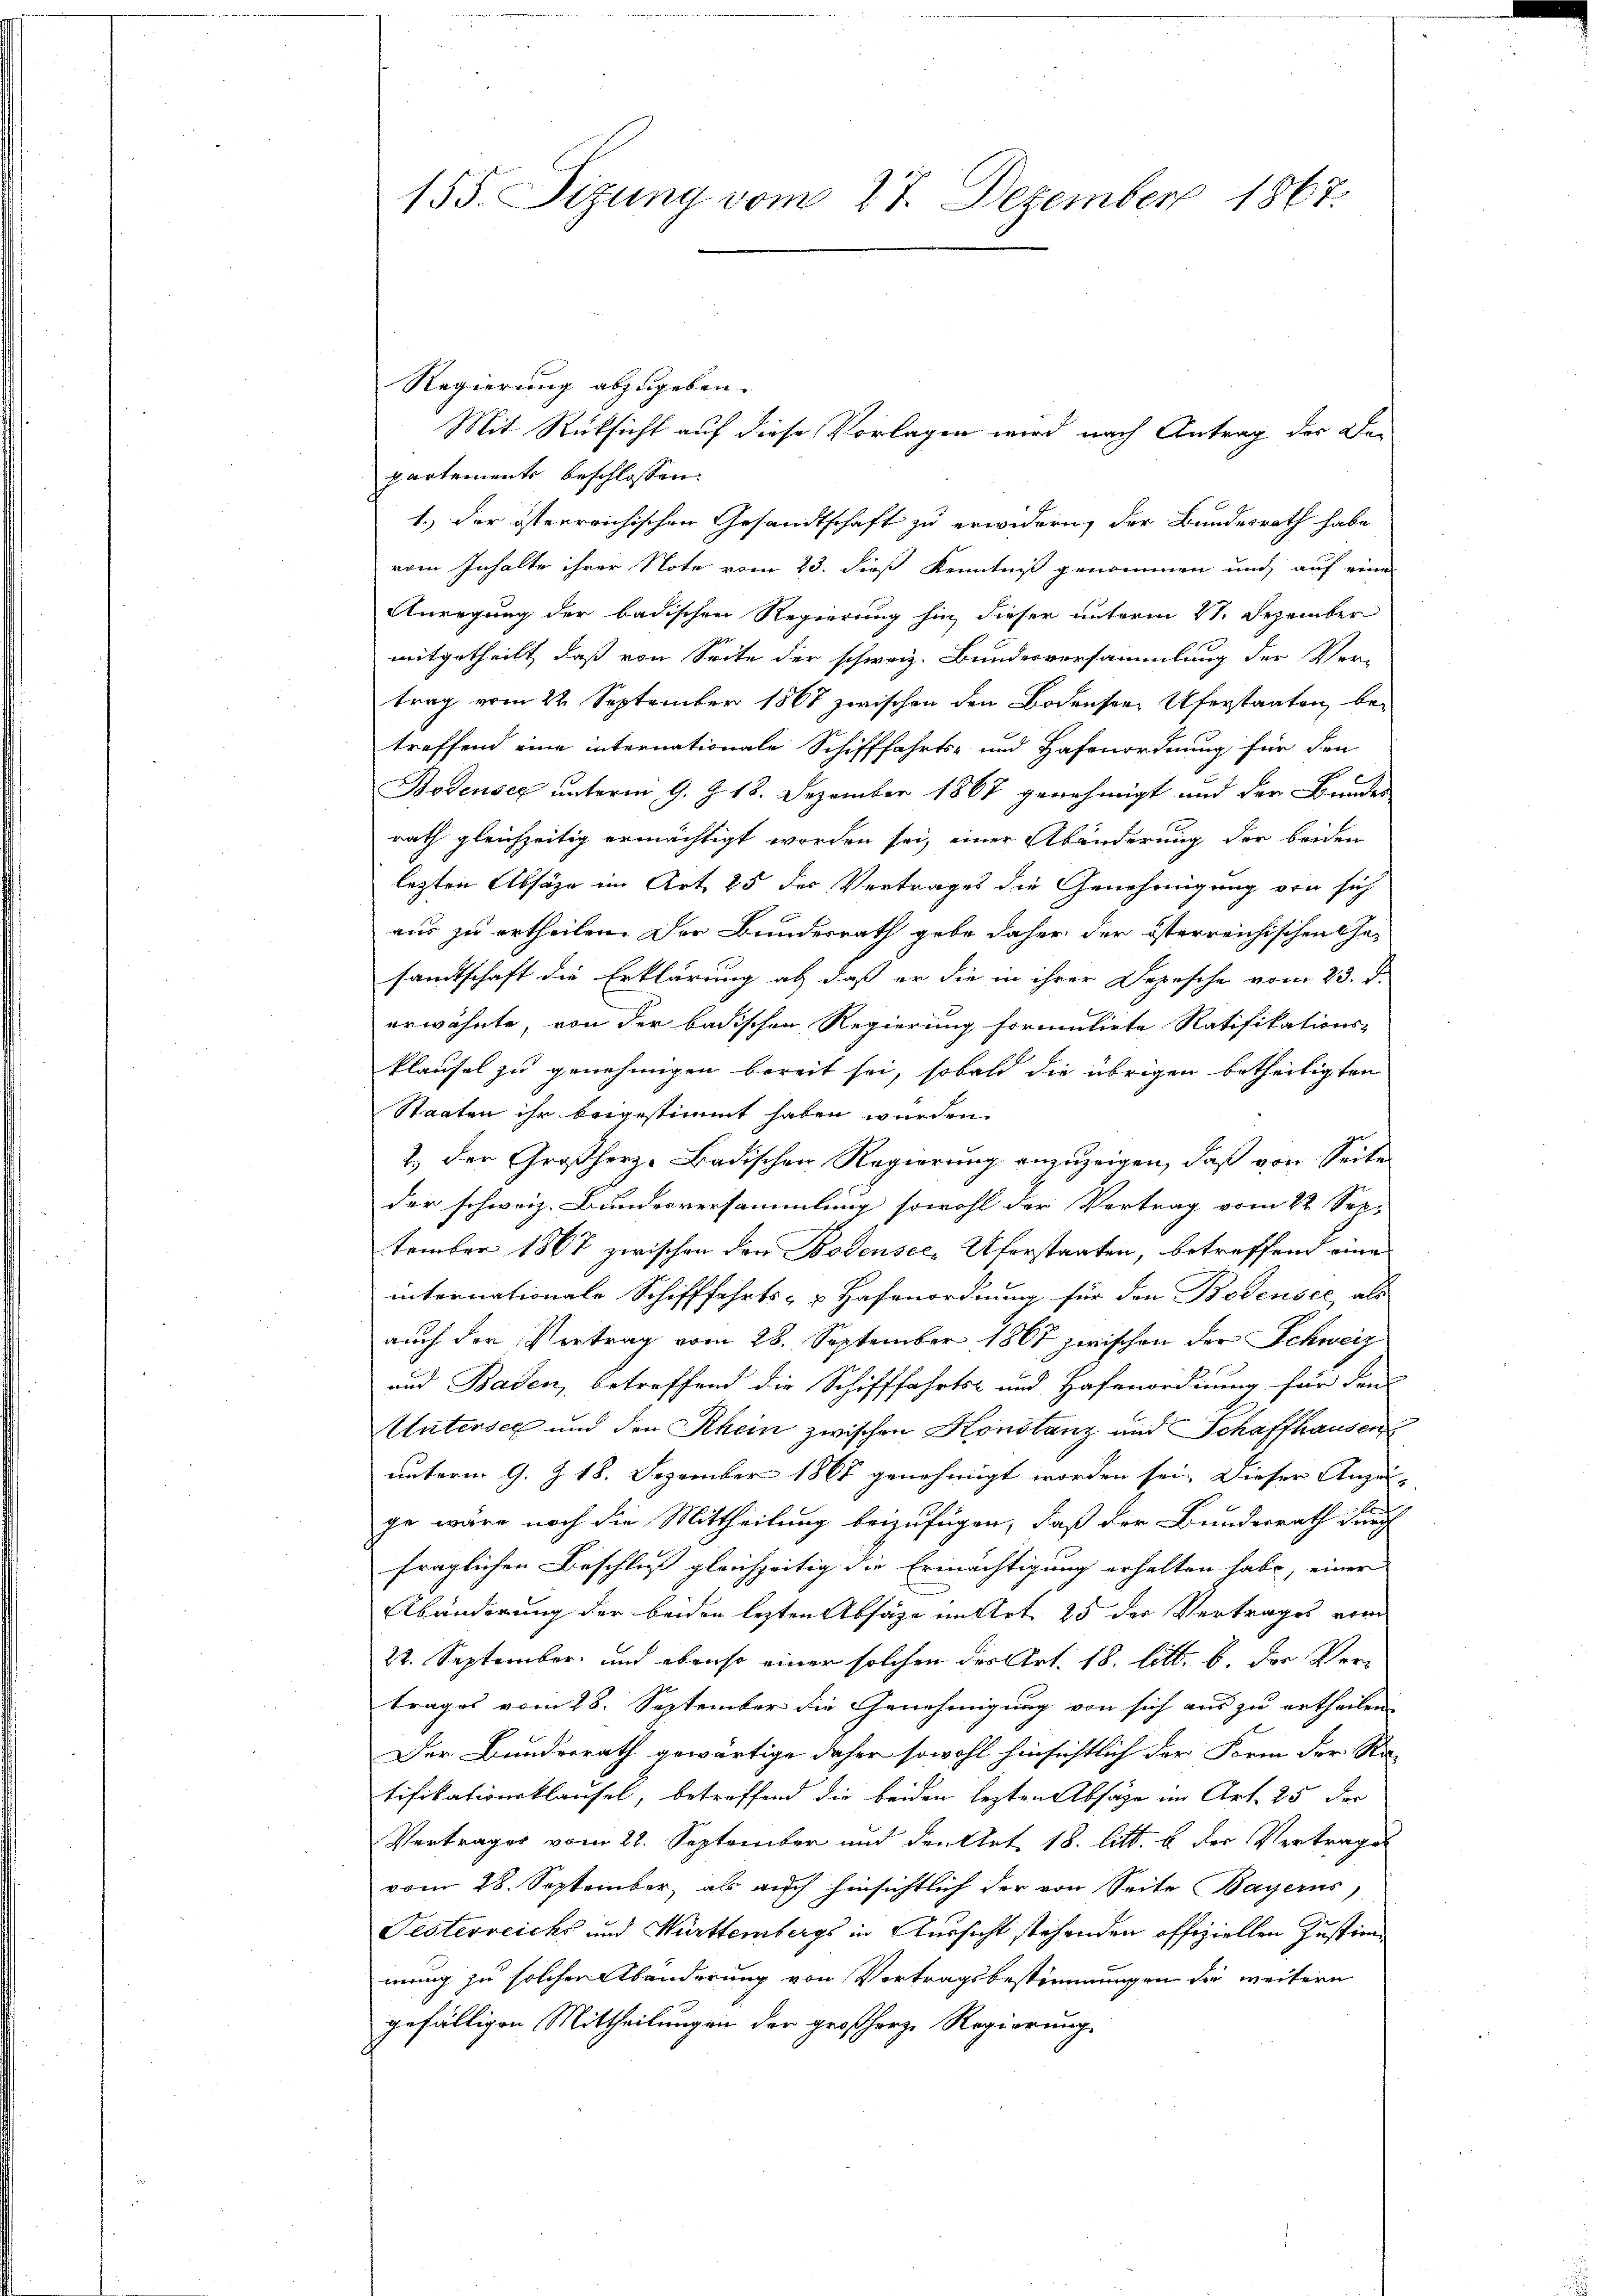
155. Sizung vom 27. Dezember 1867.

Regierung abzugeben.
partemente beschlossen:
1.) der österreichischen Gesandtschaft zu erwidern, der Bundesrath habe
vom Inhalte ihrer Note vom 23. dieß Kenntniß genommen und auf einer
Anregung der badischen Regierung hin, dieser unterm 21. Dezember
mitgetheilt, daß von Seite der schweiz. Bundesversammlung der Ver-
trag vom 22. September 1867 zwischen den Bodensere Uferstaaten, betreffend eine internationale Schifffahrts- und Hafenordnung für den
Bodensee unterm 9. d. 18. Dezember 1867 genehmigt und der Bandes
rath gleichzeitig ermächtigt worden sei, einer Abänderung der beiden
lezten Absätze im Art. 25 der Vertrages die Genehmigung von sich
aus zu ertheilen. Der Bundesrath gebe daher der österreichischen Ge-
sandtschaft die Erklärung ab, daß er die in ihrer Depesche vom 23. d.
erwähnte, von der badischen Regierung formulirte Ratifikations-
klaufel zu genehmigen bereit sei, sobald die übrigen betheiligten
Staaten ihr beigestimmt haben würden.
2.) Der Großherze Badischen Regierung anzuzeigen, daß von Seite
der schweiz. Bundesversammlung sowohl der Vertrag vom 22. Sep.
tember 1867 zwischen den Bodensee, Uferstaaten, betreffend eine
internationale Schifffahrts- & Hafenordnung für den Bodensee, als
auch der Vertrag vom 28. September 1867 zwischen der Schweiz
und Baden, betreffend die Schifffahrts- und Hafenordnung für den
Untersee und den Rhein zwischen Konstanz und Schaffhausen
unterm 9. Z. 18. Dezember 1867 genehmigt worden sei. Dieser Anzei-
ge wäre noch die Mittheilung beizufügen, daß der Bundesrath durch
fraglichen Beschluß gleichzeitig die Ermächtigung erhalten habe, einer |
Abänderung der beiden lezten Absage im Art. 25 der Vertrages vom
22. September, und ebenso einer solchen der Art. 18. litt. b. der Vertrages vom 28. September die Genehmigung von sich aus zu ertheilen
Der Bundesrath gewärtige daher sowohl hinsichtlich der Form der Na-
tifikationsklausel, betreffend die beiden lezten Absage im Art. 25 der
Vertrages vom 21. September und Frultat 18. litt. b der Vertrages
vom 28. September, als auch hinsichtlich der von Seite Bayerns
Festerreichs und Württembergs in Aussicht stehenden offiziellen Justimmung zu solcher Abänderung von Vertragsbestimmungen die weitern
gefälligen Mittheilungen der großherze Regierung

Mit Rücksicht auf diese Vorlagen wird nach Antrag der De¬